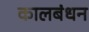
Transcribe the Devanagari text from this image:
कालबंधन